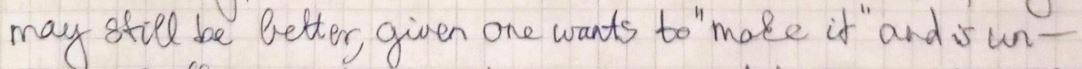
may still be better given one wants to " make it " and un -